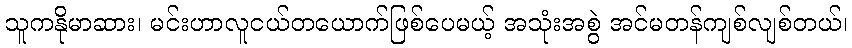
သူကနိုမာဆား၊ မင်းဟာလူငယ်တယောက်ဖြစ်ပေမယ့် အသုံးအစွဲ အင်မတန်ကျစ်လျစ်တယ်၊